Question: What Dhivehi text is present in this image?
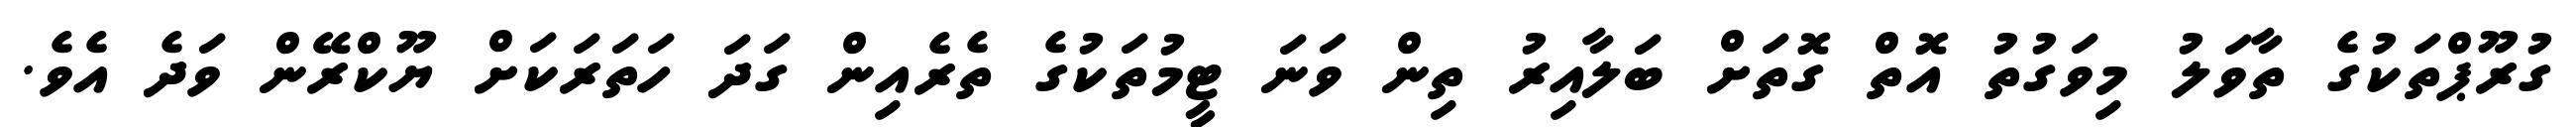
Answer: ގުރޫޕްތަކުގެ ތާވަލު މިވަގުތު އޮތް ގޮތަށް ބަލާއިރު ތިން ވަނަ ޓީމުތަކުގެ ތެރެއިން ގަދަ ހަތަރަކަށް ޔޫކްރޭން ވަދެ އެވެ.